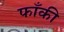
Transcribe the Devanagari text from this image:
फाँकी